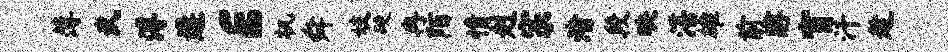
薄武溥遘E机舜妓硬冉陌情赳宗渚段映湛雄前醇宵汗趁